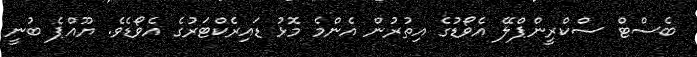
ބެސްޓް ސްކްރީންޕްލޭ އެވޯޑުގެ އިތުރުން އެންމެ މޮޅު ޑައިރެކްޓަރުގެ އެވޯޑެވެ. ޔޫއްޕެ ބުނީ